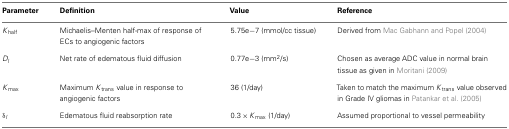
<table><thead><tr><td><b>Parameter</b></td><td><b>Definition</b></td><td><b>Value</b></td><td><b>Reference</b></td></tr></thead><tbody><tr><td><i>K</i><sub>half</sub></td><td>Michaelis–Menten half-max of response of ECs to angiogenic factors</td><td>5.75e−7 (mmol/cc tissue)</td><td>Derived from Mac Gabhann and Popel (2004)</td></tr><tr><td><i>D<sub>l</sub></i></td><td>Net rate of edematous fluid diffusion</td><td>0.77e−3 (mm<sup>2</sup>/s)</td><td>Chosen as average ADC value in normal brain tissue as given in Moritani (2009)</td></tr><tr><td><i>K</i><sub>max</sub></td><td>Maximum <i>K</i><sub>trans</sub> value in response to angiogenic factors</td><td>36 (1/day)</td><td>Taken to match the maximum <i>K</i><sub>trans</sub> value observed in Grade IV gliomas in Patankar et al. (2005)</td></tr><tr><td>δ<i><sub>I</sub></i></td><td>Edematous fluid reabsorption rate</td><td>0.3 × <i>K</i><sub>max</sub> (1/day)</td><td>Assumed proportional to vessel permeability</td></tr></tbody></table>